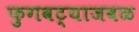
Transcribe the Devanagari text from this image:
फुगवट्याजवळ